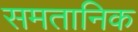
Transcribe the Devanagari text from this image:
समतानिक